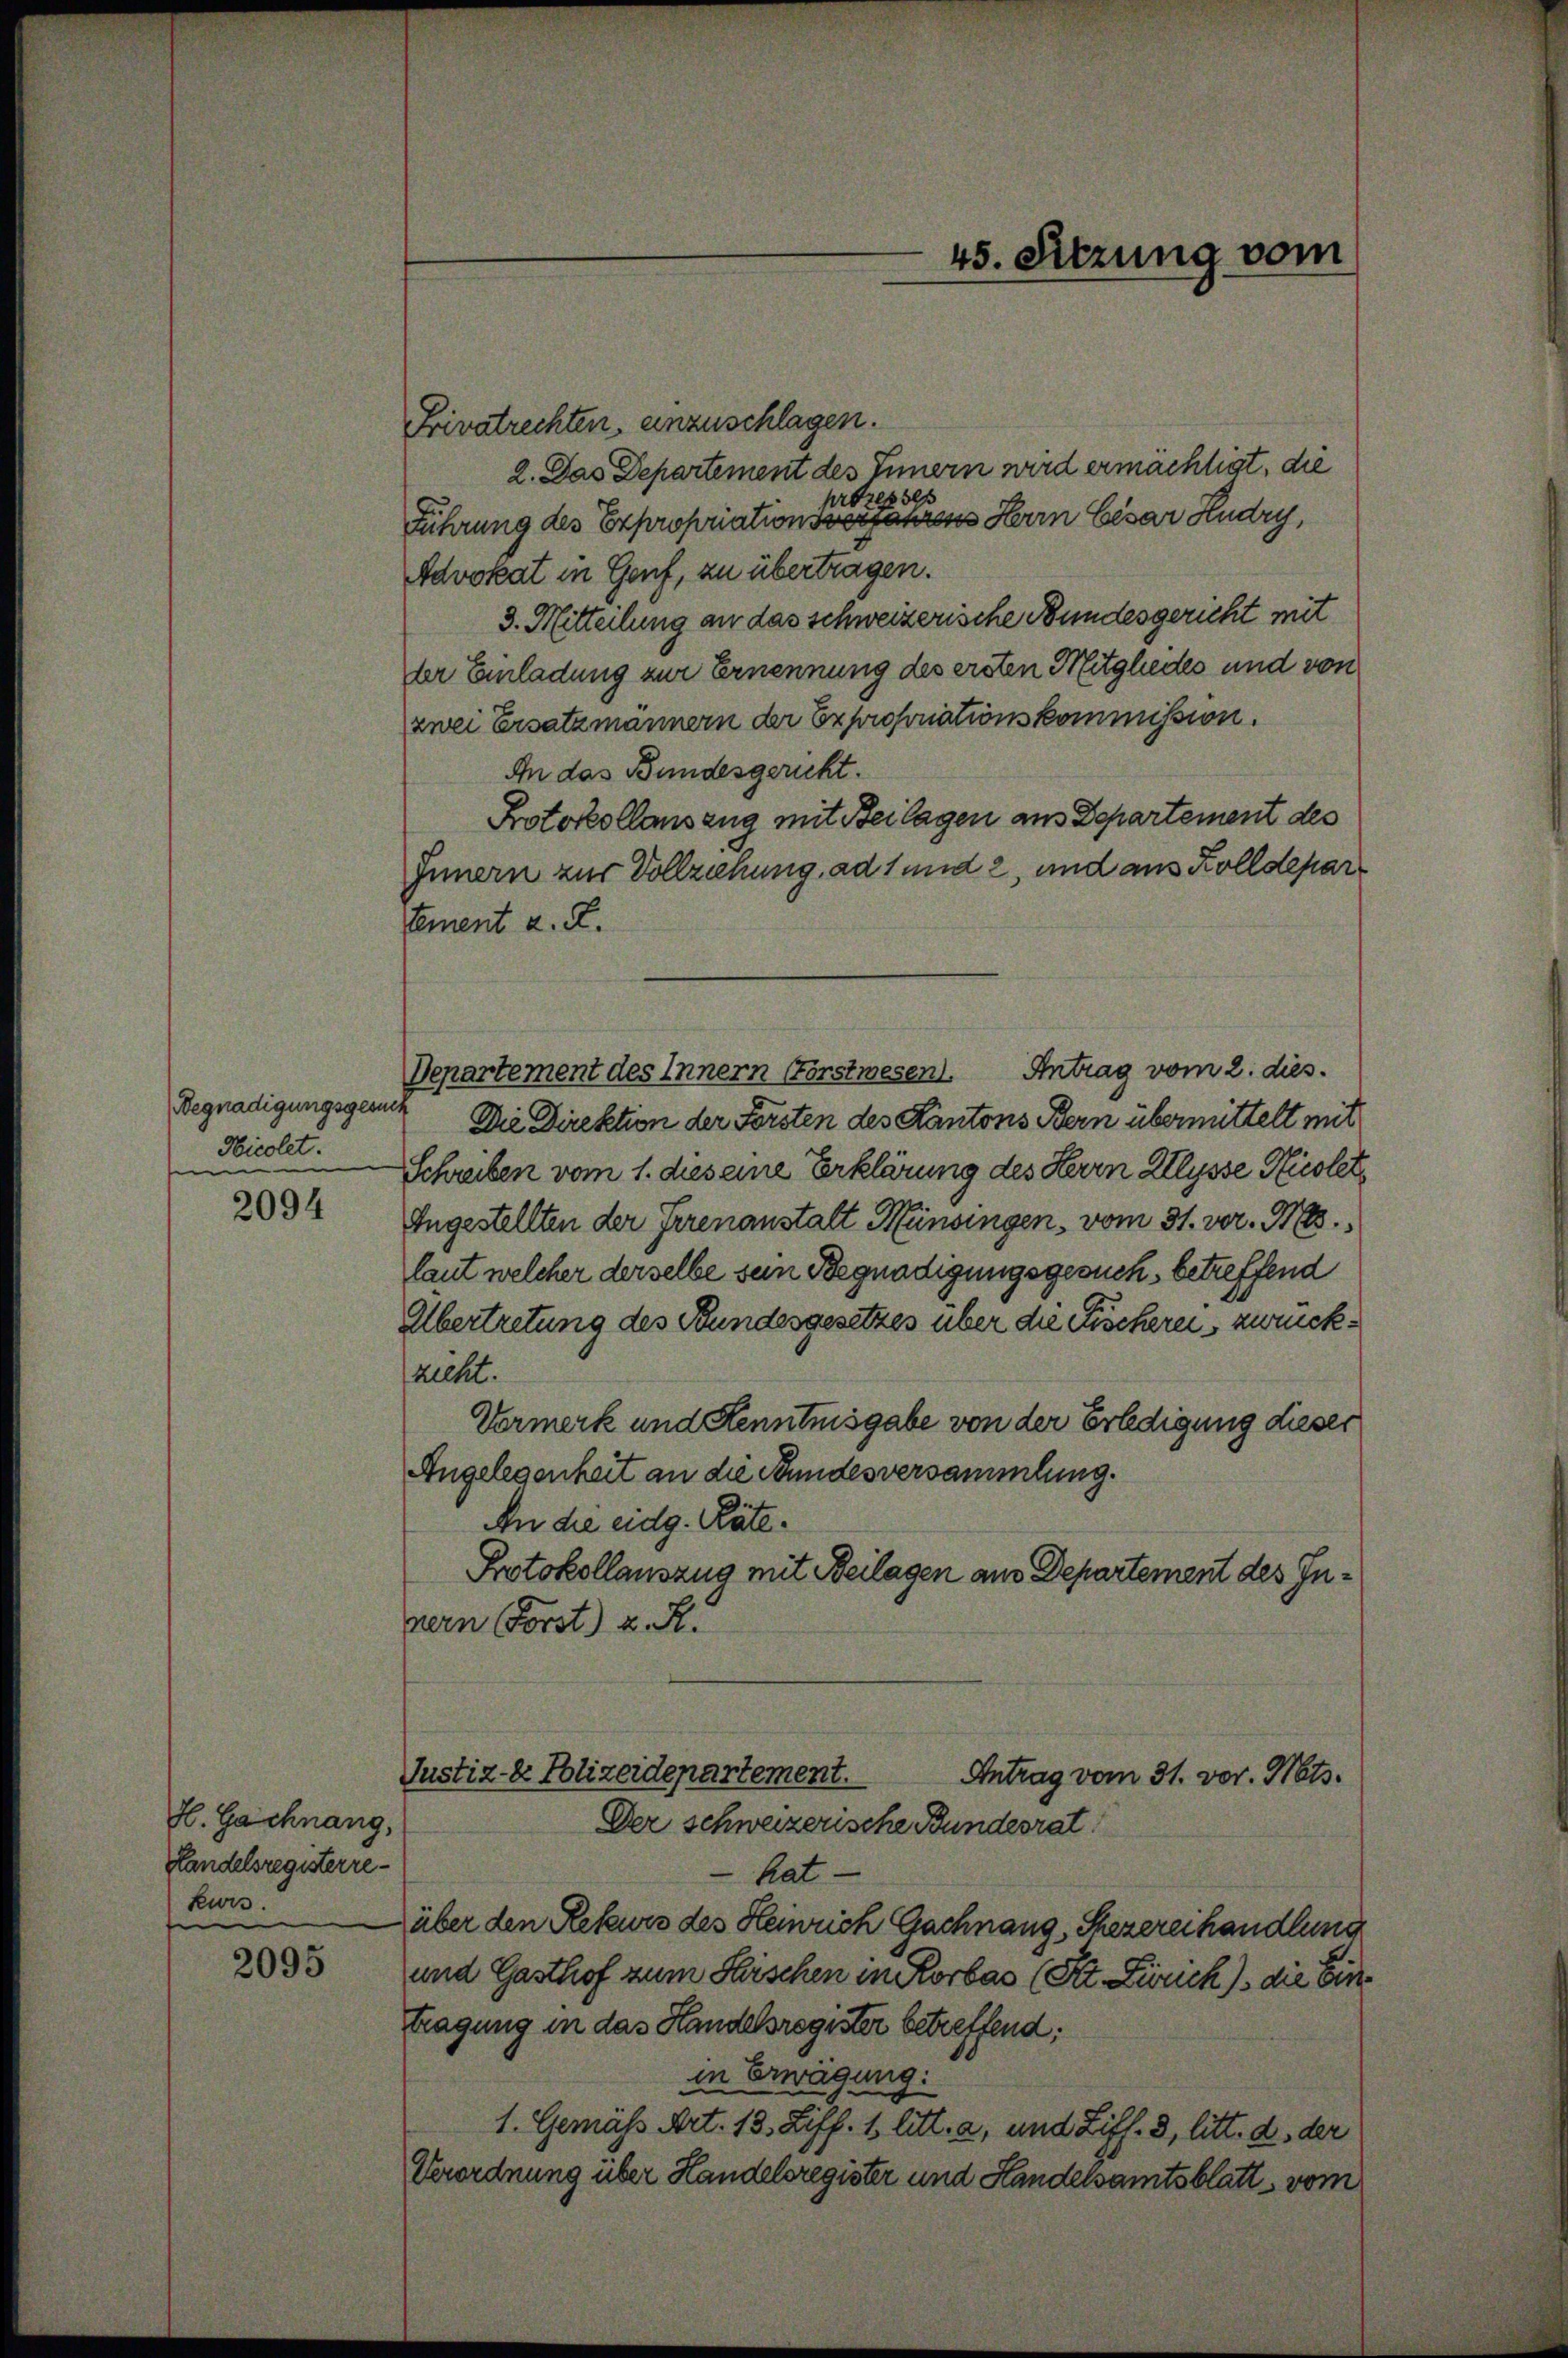
Begnadigungsgesuc
Nicolet.
e

2094

H. Gachnang,
Handelsregisterre¬
Lewis
e

2095

Frivatrechten, anzuschlagen.
2. Das Departement des Innern wird ermächtigt, die
prozesse
Führung des Expropriationsversanzens Herrn Cesar Hudry,
Advokat in Genf, zu übertragen.
3. Mitteilung an das schweizerische Bundesgericht mit
der Einladung zur Ernennung des ersten Mitgliedes und von
zwei Ersatzmännern der Exproporationskommission.
An das Bundesgericht.
Protokollauszug mit Beilagen aus Departement des
Innern zur Vollziehung ad 1 und 2, und aus Kolldepartement a. E.
Departement des Innern Forstwesen. Antrag vom 2. dies.
Die Direktion der Forsten des Kantons Bern übermittelt mit
Schreiben vom 1. dies eine Erklärung des Herrn Allysse Nicolet,
Angestellten der Irrenanstalt Münsingen, vom 31. vor. 916.
laut welcher derselbe sein Begnadigungsgesuch, betreffend
Übertretung des Bundesgesetzes über die Fischerei, zurückzieht.
Vormerk und Kenntnisgabe von der Erledigung dieser
Angelegenheit an die Stundesversammlung.
An die eidg. Räte¬
Protokollauszug mit Beilagen am Departement des Innern Forst) u. R.
Justiz- & Polizeidepartement.
Antrag vom 31. vor. Mts.
Der schweizerische Bundesrat
hat.
über den Rekurs des Heinrich Gachnang, Shezereihandlung
und Gasthof zum Saischen in Rorbas (lt. Zürich) die Eintragung in das Handelsregister betreffend:
in Erwägung:
1. Gemäss Art. 13. Ziff. 1 litt. a, und Ziff. 3, litt. d, der
Verordnung über Handelsregister und Handelsamtsblatt vom

45. Sitzung vom